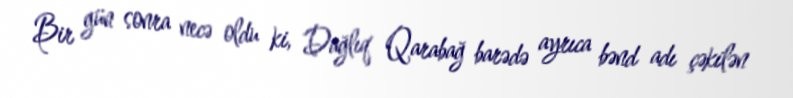
Bir gün sonra necə oldu ki, Dağlıq Qarabağ barədə ayrıca bənd adı çəkilən